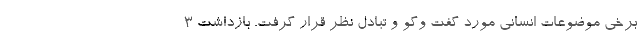
برخی موضوعات انسانی مورد گفت وگو ‌و تبادل نظر قرار گرفت. بازداشت 3